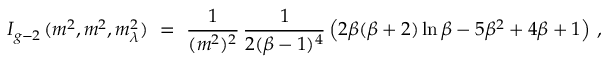
I _ { g - 2 \, } ( m ^ { 2 } , m ^ { 2 } , m _ { \lambda } ^ { 2 } ) \ = \ \frac { 1 } { ( m ^ { 2 } ) ^ { 2 } } \, \frac { 1 } { 2 ( \beta - 1 ) ^ { 4 } } \left( 2 \beta ( \beta + 2 ) \ln \beta - 5 \beta ^ { 2 } + 4 \beta + 1 \right) \, ,